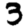
Digit: 3